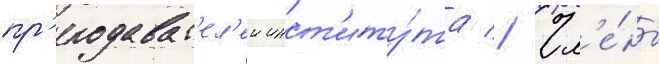
пр'еподават'ел'еи инст'иту́та // Чл'е́ны